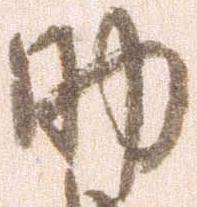
助